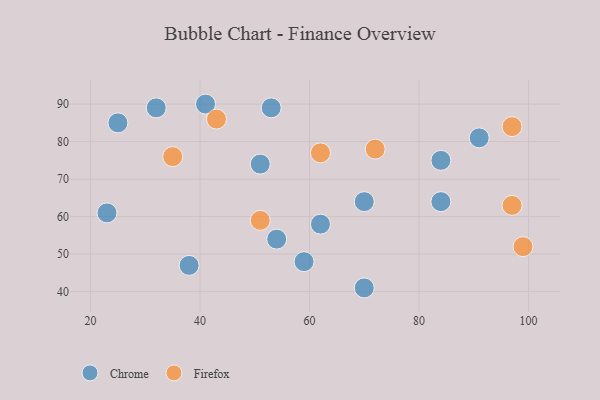
{"axis": {"x": "GDP", "y": "Life Expectancy"}, "legend": ["Chrome", "Firefox"], "data": [{"x": "32", "y": 89, "type": "Chrome"}, {"x": "51", "y": 74, "type": "Chrome"}, {"x": "23", "y": 61, "type": "Chrome"}, {"x": "70", "y": 41, "type": "Chrome"}, {"x": "84", "y": 64, "type": "Chrome"}, {"x": "25", "y": 85, "type": "Chrome"}, {"x": "53", "y": 89, "type": "Chrome"}, {"x": "54", "y": 54, "type": "Chrome"}, {"x": "38", "y": 47, "type": "Chrome"}, {"x": "84", "y": 75, "type": "Chrome"}, {"x": "59", "y": 48, "type": "Chrome"}, {"x": "70", "y": 64, "type": "Chrome"}, {"x": "41", "y": 90, "type": "Chrome"}, {"x": "91", "y": 81, "type": "Chrome"}, {"x": "62", "y": 58, "type": "Chrome"}, {"x": "99", "y": 52, "type": "Firefox"}, {"x": "43", "y": 86, "type": "Firefox"}, {"x": "35", "y": 76, "type": "Firefox"}, {"x": "72", "y": 78, "type": "Firefox"}, {"x": "97", "y": 63, "type": "Firefox"}, {"x": "51", "y": 59, "type": "Firefox"}, {"x": "97", "y": 84, "type": "Firefox"}, {"x": "62", "y": 77, "type": "Firefox"}]}